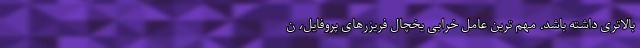
بالاتری داشته باشد. مهم ترین عامل خرابی یخچال فریزرهای پروفایل، ن